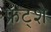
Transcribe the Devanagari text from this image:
फ्रट्शे